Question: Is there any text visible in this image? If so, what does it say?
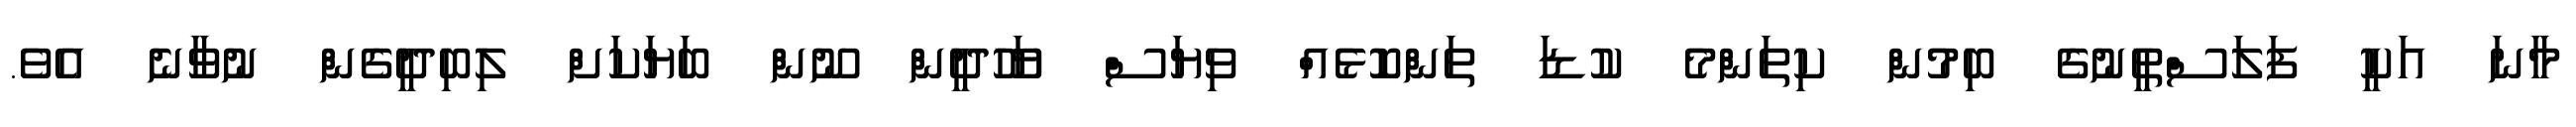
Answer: މާނަ އަކީ ފަލަސްޠީނުގެ ބިމުން ކިތަންމެ ކުޑަ ތަންކޮޅެއް ވިޔަސް ޔަހޫދީން ނޫން ބަޔަކަށް ލިބިދީގެން ނުވާނެ އެވެ.